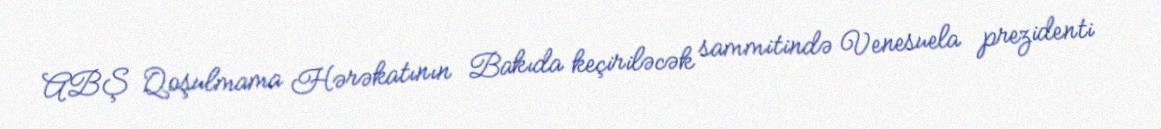
ABŞ Qoşulmama Hərəkatının Bakıda keçiriləcək sammitində Venesuela prezidenti